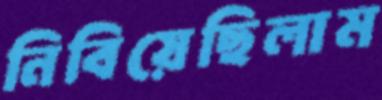
নিবিয়েছিলাম